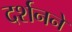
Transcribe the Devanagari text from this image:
दर्शनने